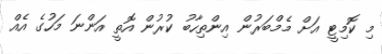
މި ކޮމިޓީ އަށް މެމްބަރުން އިންތިހާބު ކުރުން އޮތީ އަންނަ މަހުގެ އެއް